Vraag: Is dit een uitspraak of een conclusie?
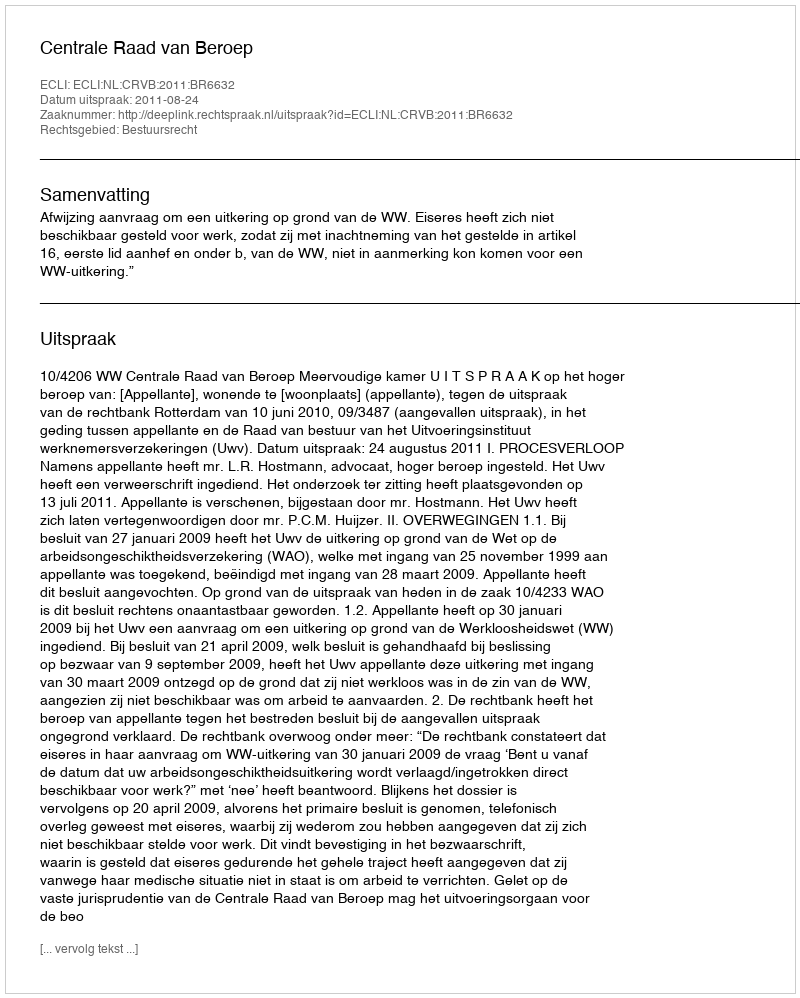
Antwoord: Uitspraak